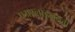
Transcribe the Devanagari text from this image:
एअरलाइनन्ला